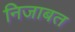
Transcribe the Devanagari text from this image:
निजाबत